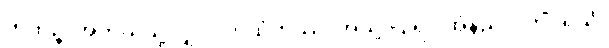
ကထဉ္စ၊ အဘယ်သို့လျှင်။ ကထံကဿံ၊ အသို့ ပြုရပါအံ့နည်း။ ကိံပုရိသံ၊